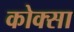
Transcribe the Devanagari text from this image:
कोक्सा